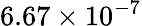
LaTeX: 6.67\times 10^{-7}